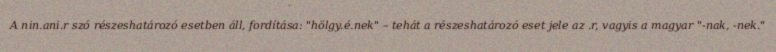
A nin.ani.r szó részeshatározó esetben áll, fordítása: "hölgy.é.nek" – tehát a részeshatározó eset jele az .r, vagyis a magyar "-nak, -nek."